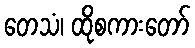
တေသံ၊ ထိုစကားတော်